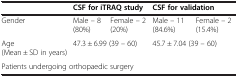
<table><thead><tr><td><b> </b></td><td colspan="2"><b>CSF for iTRAQ study</b></td><td colspan="2"><b>CSF for validation</b></td></tr></thead><tbody><tr><td>Gender</td><td>Male – 8 (80%)</td><td>Female – 2 (20%)</td><td>Male – 11 (84.6%)</td><td>Female – 2 (15.4%)</td></tr><tr><td>Age (Mean ± SD in years)</td><td colspan="2">47.3 ± 6.99 (39 – 60)</td><td colspan="2">45.7 ± 7.04 (39 – 60)</td></tr><tr><td colspan="5">Patients undergoing orthopaedic surgery</td></tr></tbody></table>